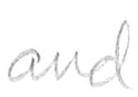
Text: and
Cross-out: clean
Writing tool: pencil